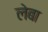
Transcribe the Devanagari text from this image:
लेबा